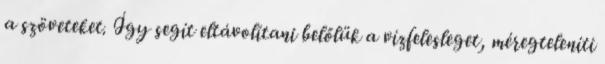
a szöveteket. Így segít eltávolítani belőlük a vízfelesleget, méregteleníti